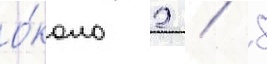
о́коло 2 / 8